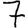
Digit: 7